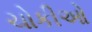
ચોકીઓ